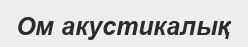
Ом акустикалық